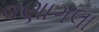
વણાગલા